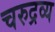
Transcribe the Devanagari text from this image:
चरुद्रव्य